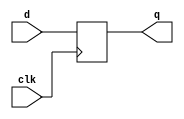
//#############################################################################
//# Function: Positive edge-triggered static D-type flop-flop                 #
//# Copyright: OH Project Authors. ALl rights Reserved.                       #
//# License:  MIT (see LICENSE file in OH repository)                         #
//#############################################################################

module asic_dffq #(parameter PROP = "DEFAULT")   (
    input      d,
    input      clk,
    output reg q
    );

   always @ (posedge clk)
     q <= d;

endmodule